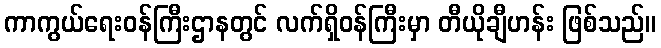
ကာကွယ်ရေးဝန်ကြီးဌာနတွင် လက်ရှိဝန်ကြီးမှာ တီယိုချီဟန်း ဖြစ်သည်။